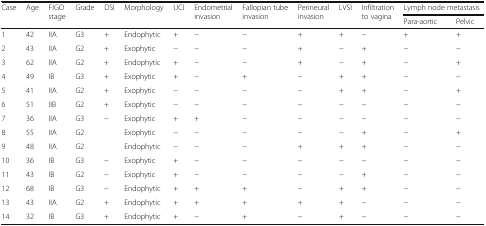
<table><thead><tr><td rowspan="2"><b>Case</b></td><td rowspan="2"><b>Age</b></td><td rowspan="2"><b>FIGO stage</b></td><td rowspan="2"><b>Grade</b></td><td rowspan="2"><b>DSI</b></td><td rowspan="2"><b>Morphology</b></td><td rowspan="2"><b>UCI</b></td><td rowspan="2"><b>Endometrial invasion</b></td><td rowspan="2"><b>Fallopian tube invasion</b></td><td rowspan="2"><b>Perineural invasion</b></td><td rowspan="2"><b>LVSI</b></td><td rowspan="2"><b>Infiltration to vagina</b></td><td colspan="2"><b>Lymph node metastasis</b></td></tr><tr><td><b>Para-aortic</b></td><td><b>Pelvic</b></td></tr></thead><tbody><tr><td>1</td><td>42</td><td>IIA</td><td>G3</td><td>+</td><td>Endophytic</td><td>+</td><td>−</td><td>−</td><td>+</td><td>+</td><td>−</td><td>+</td><td>+</td></tr><tr><td>2</td><td>43</td><td>IIA</td><td>G2</td><td>+</td><td>Exophytic</td><td>−</td><td>−</td><td>−</td><td>+</td><td>−</td><td>+</td><td>−</td><td>−</td></tr><tr><td>3</td><td>62</td><td>IIA</td><td>G2</td><td>+</td><td>Endophytic</td><td>+</td><td>−</td><td>−</td><td>+</td><td>−</td><td>+</td><td>−</td><td>+</td></tr><tr><td>4</td><td>49</td><td>IB</td><td>G3</td><td>+</td><td>Exophytic</td><td>+</td><td>−</td><td>+</td><td>−</td><td>+</td><td>+</td><td>−</td><td>−</td></tr><tr><td>5</td><td>41</td><td>IIA</td><td>G2</td><td>+</td><td>Exophytic</td><td>−</td><td>−</td><td>−</td><td>−</td><td>+</td><td>+</td><td>−</td><td>+</td></tr><tr><td>6</td><td>51</td><td>IIB</td><td>G2</td><td>+</td><td>Exophytic</td><td>−</td><td>−</td><td>−</td><td>−</td><td>−</td><td>−</td><td>−</td><td>−</td></tr><tr><td>7</td><td>36</td><td>IIA</td><td>G3</td><td>−</td><td>Exophytic</td><td>+</td><td>+</td><td>−</td><td>−</td><td>−</td><td>−</td><td>−</td><td>−</td></tr><tr><td>8</td><td>55</td><td>IIA</td><td>G2</td><td></td><td>Exophytic</td><td>−</td><td>−</td><td>−</td><td>−</td><td>−</td><td>+</td><td>−</td><td>+</td></tr><tr><td>9</td><td>48</td><td>IIA</td><td>G2</td><td></td><td>Endophytic</td><td>−</td><td>−</td><td>−</td><td>+</td><td>+</td><td>+</td><td>−</td><td>−</td></tr><tr><td>10</td><td>36</td><td>IB</td><td>G3</td><td>−</td><td>Exophytic</td><td>+</td><td>−</td><td>−</td><td>−</td><td>−</td><td>−</td><td>−</td><td>−</td></tr><tr><td>11</td><td>43</td><td>IB</td><td>G2</td><td>−</td><td>Exophytic</td><td>+</td><td>−</td><td>−</td><td>−</td><td>−</td><td>+</td><td>−</td><td>−</td></tr><tr><td>12</td><td>68</td><td>IB</td><td>G3</td><td>−</td><td>Endophytic</td><td>+</td><td>+</td><td>+</td><td>−</td><td>+</td><td>+</td><td>−</td><td>−</td></tr><tr><td>13</td><td>43</td><td>IIA</td><td>G2</td><td>+</td><td>Endophytic</td><td>+</td><td>+</td><td>+</td><td>+</td><td>+</td><td>−</td><td>−</td><td>−</td></tr><tr><td>14</td><td>32</td><td>IB</td><td>G3</td><td>+</td><td>Endophytic</td><td>+</td><td>−</td><td>+</td><td>−</td><td>+</td><td>−</td><td>−</td><td>−</td></tr></tbody></table>